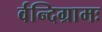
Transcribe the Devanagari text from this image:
र्वन्दिग्रामः